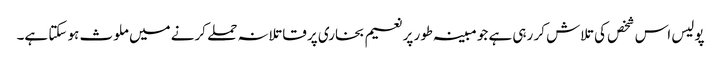
پولیس اس شخص کی تلاش کر رہی ہے جو مبینہ طور پر نعیم بخاری پر قاتلانہ حملے کرنے میں ملوث ہو سکتا ہے۔